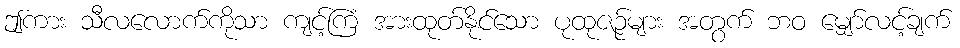
ဤကား သီလလောက်ကိုသာ ကျင့်ကြံ အားထုတ်နိုင်သော ပုထုဇဉ်များ အတွက် ဘဝ မျှော်လင့်ချက်